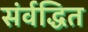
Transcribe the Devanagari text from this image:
संर्वद्धित